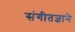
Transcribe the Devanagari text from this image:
संगीतज्ञाने